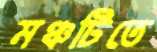
মঞ্চটিতে